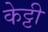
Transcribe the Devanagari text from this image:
केट्टी